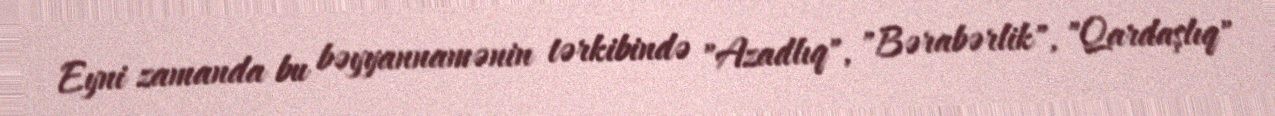
Eyni zamanda bu bəyyannamənin tərkibində "Azadlıq", "Bərabərlik", "Qardaşlıq"